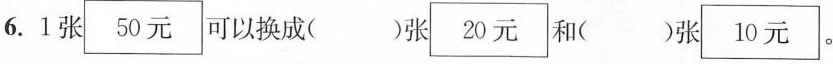
6.1张50元可以换成（）张20元和（）张10元。